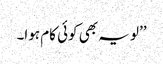
’’لو یہ بھی کوئی کام ہوا۔